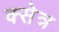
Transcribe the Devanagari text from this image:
क्सेत्र